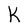
Character: K